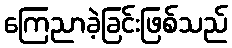
ကြေညာခဲ့ခြင်းဖြစ်သည်